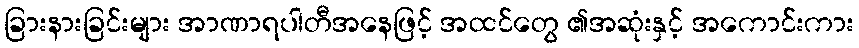
ခြားနားခြင်းများ အာဏာရပါတီအနေဖြင့် အထင်တွေ ၏အဆုံးနှင့် အကောင်းကား